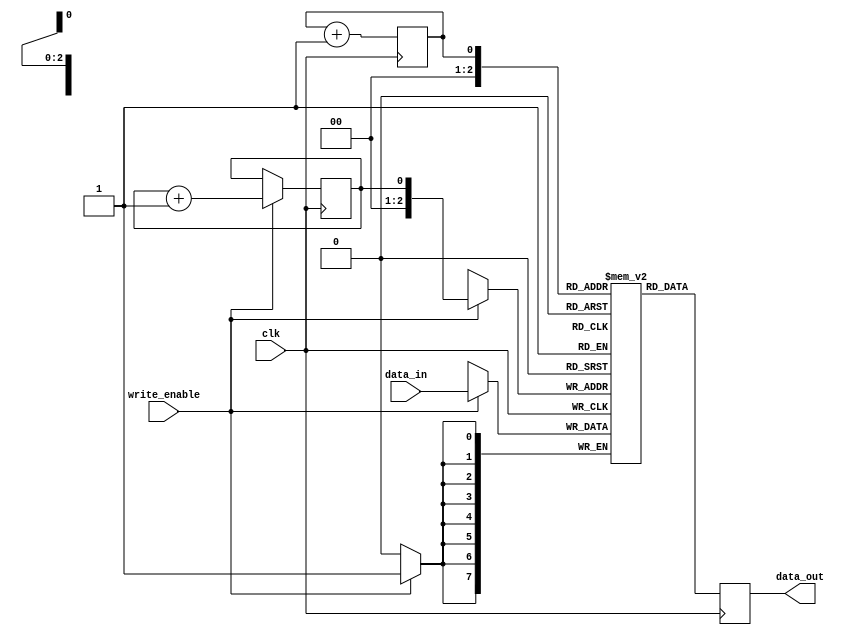
module LIFO (
    input wire clk,
    input wire [7:0] data_in,
    input wire write_enable,
    output reg [7:0] data_out
);

reg [7:0] memory [0:7];
reg head = 0;
reg tail = 0;

always @(posedge clk) begin
    if (write_enable) begin
        memory[tail] <= data_in;
        tail <= (tail == 7) ? 0 : tail + 1;
    end
    data_out <= memory[head];
    head <= (head == 7) ? 0 : head + 1;
end

endmodule